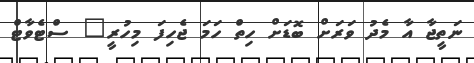
ނަތީޖާ އާ މެދު ވަރަށް ބޮޑަށް ހިތް ހަމަ ޖެހިފަ މިހުރީ" ސްޓެވާޓް